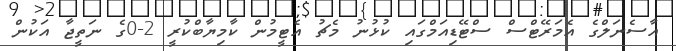
އާސެނަލްގެ އެމަރޭޓްސް ސްޓޭޑިއަމްގައި ކުޅުނު މެޗު އެޓީމުން ކާމިޔާބްކުރީ 2-0ގެ ނަތީޖާ އަކުން